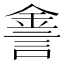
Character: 𨧕